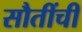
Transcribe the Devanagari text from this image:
सौतींची